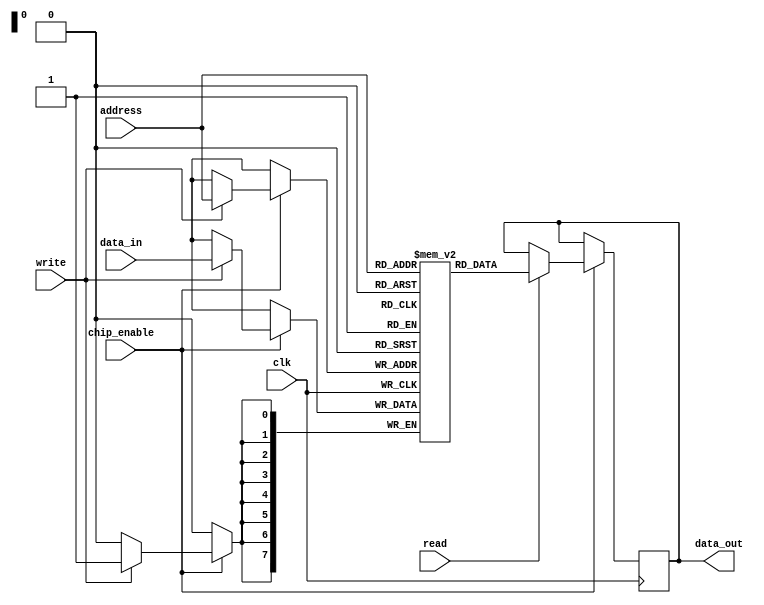
module ScratchpadMemory #(
    parameter MEM_SIZE = 256,  // Configurable memory size (in bytes)
    parameter WORD_WIDTH = 8    // Configurable data width (in bits)
)(
    input wire clk,             // Clock signal for synchronous operation
    input wire chip_enable,     // Chip enable signal
    input wire read,            // Read control signal
    input wire write,           // Write control signal
    input wire [7:0] address,   // Address bus (8-bit for 256 bytes)
    input wire [WORD_WIDTH-1:0] data_in, // Data input bus
    output reg [WORD_WIDTH-1:0] data_out // Data output bus
);

    // Memory array declaration
    reg [WORD_WIDTH-1:0] memory [0:MEM_SIZE-1];

    // Read/Write Logic
    always @(posedge clk) begin
        if (chip_enable) begin
            if (write) begin
                memory[address] <= data_in; // Write data to memory
            end
            if (read) begin
                data_out <= memory[address]; // Read data from memory
            end
        end
    end

endmodule